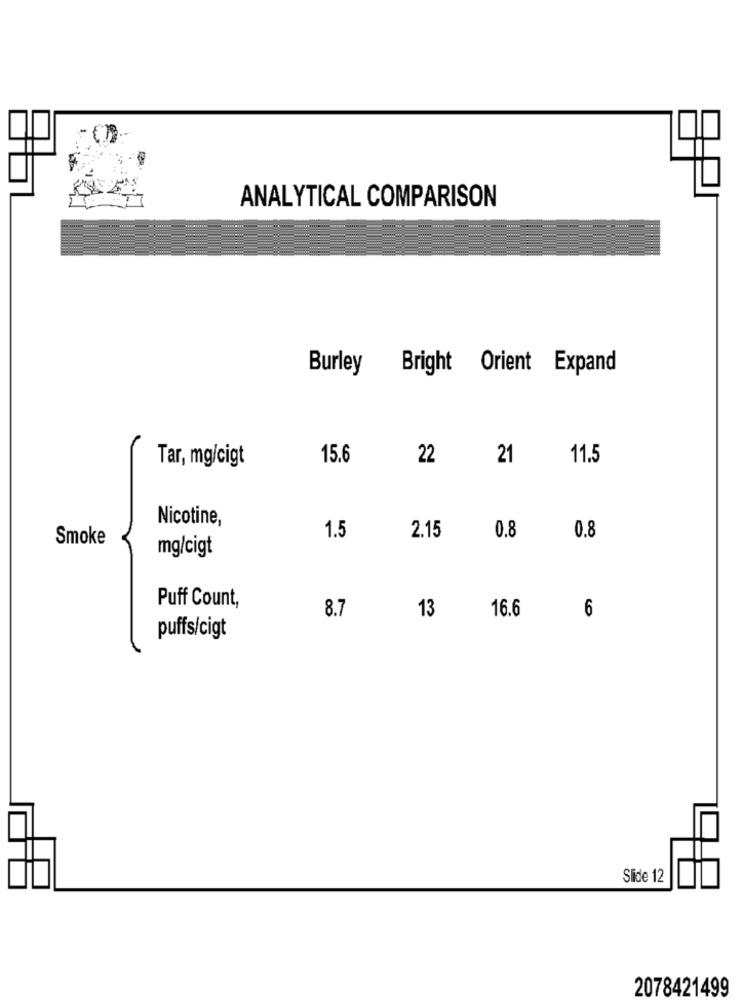
ANALYTICAL COMPARISON
Burley
Bright Orient Expand
15.6
22
21
11.5
Tar, mg/cigt
Nicotine,
2.15
Smoke
1.5
0.8
0.8
mg/cigt
Puff Count,
8.7
13
16.6
6
puffs/cigt
Slide 12
2078421499